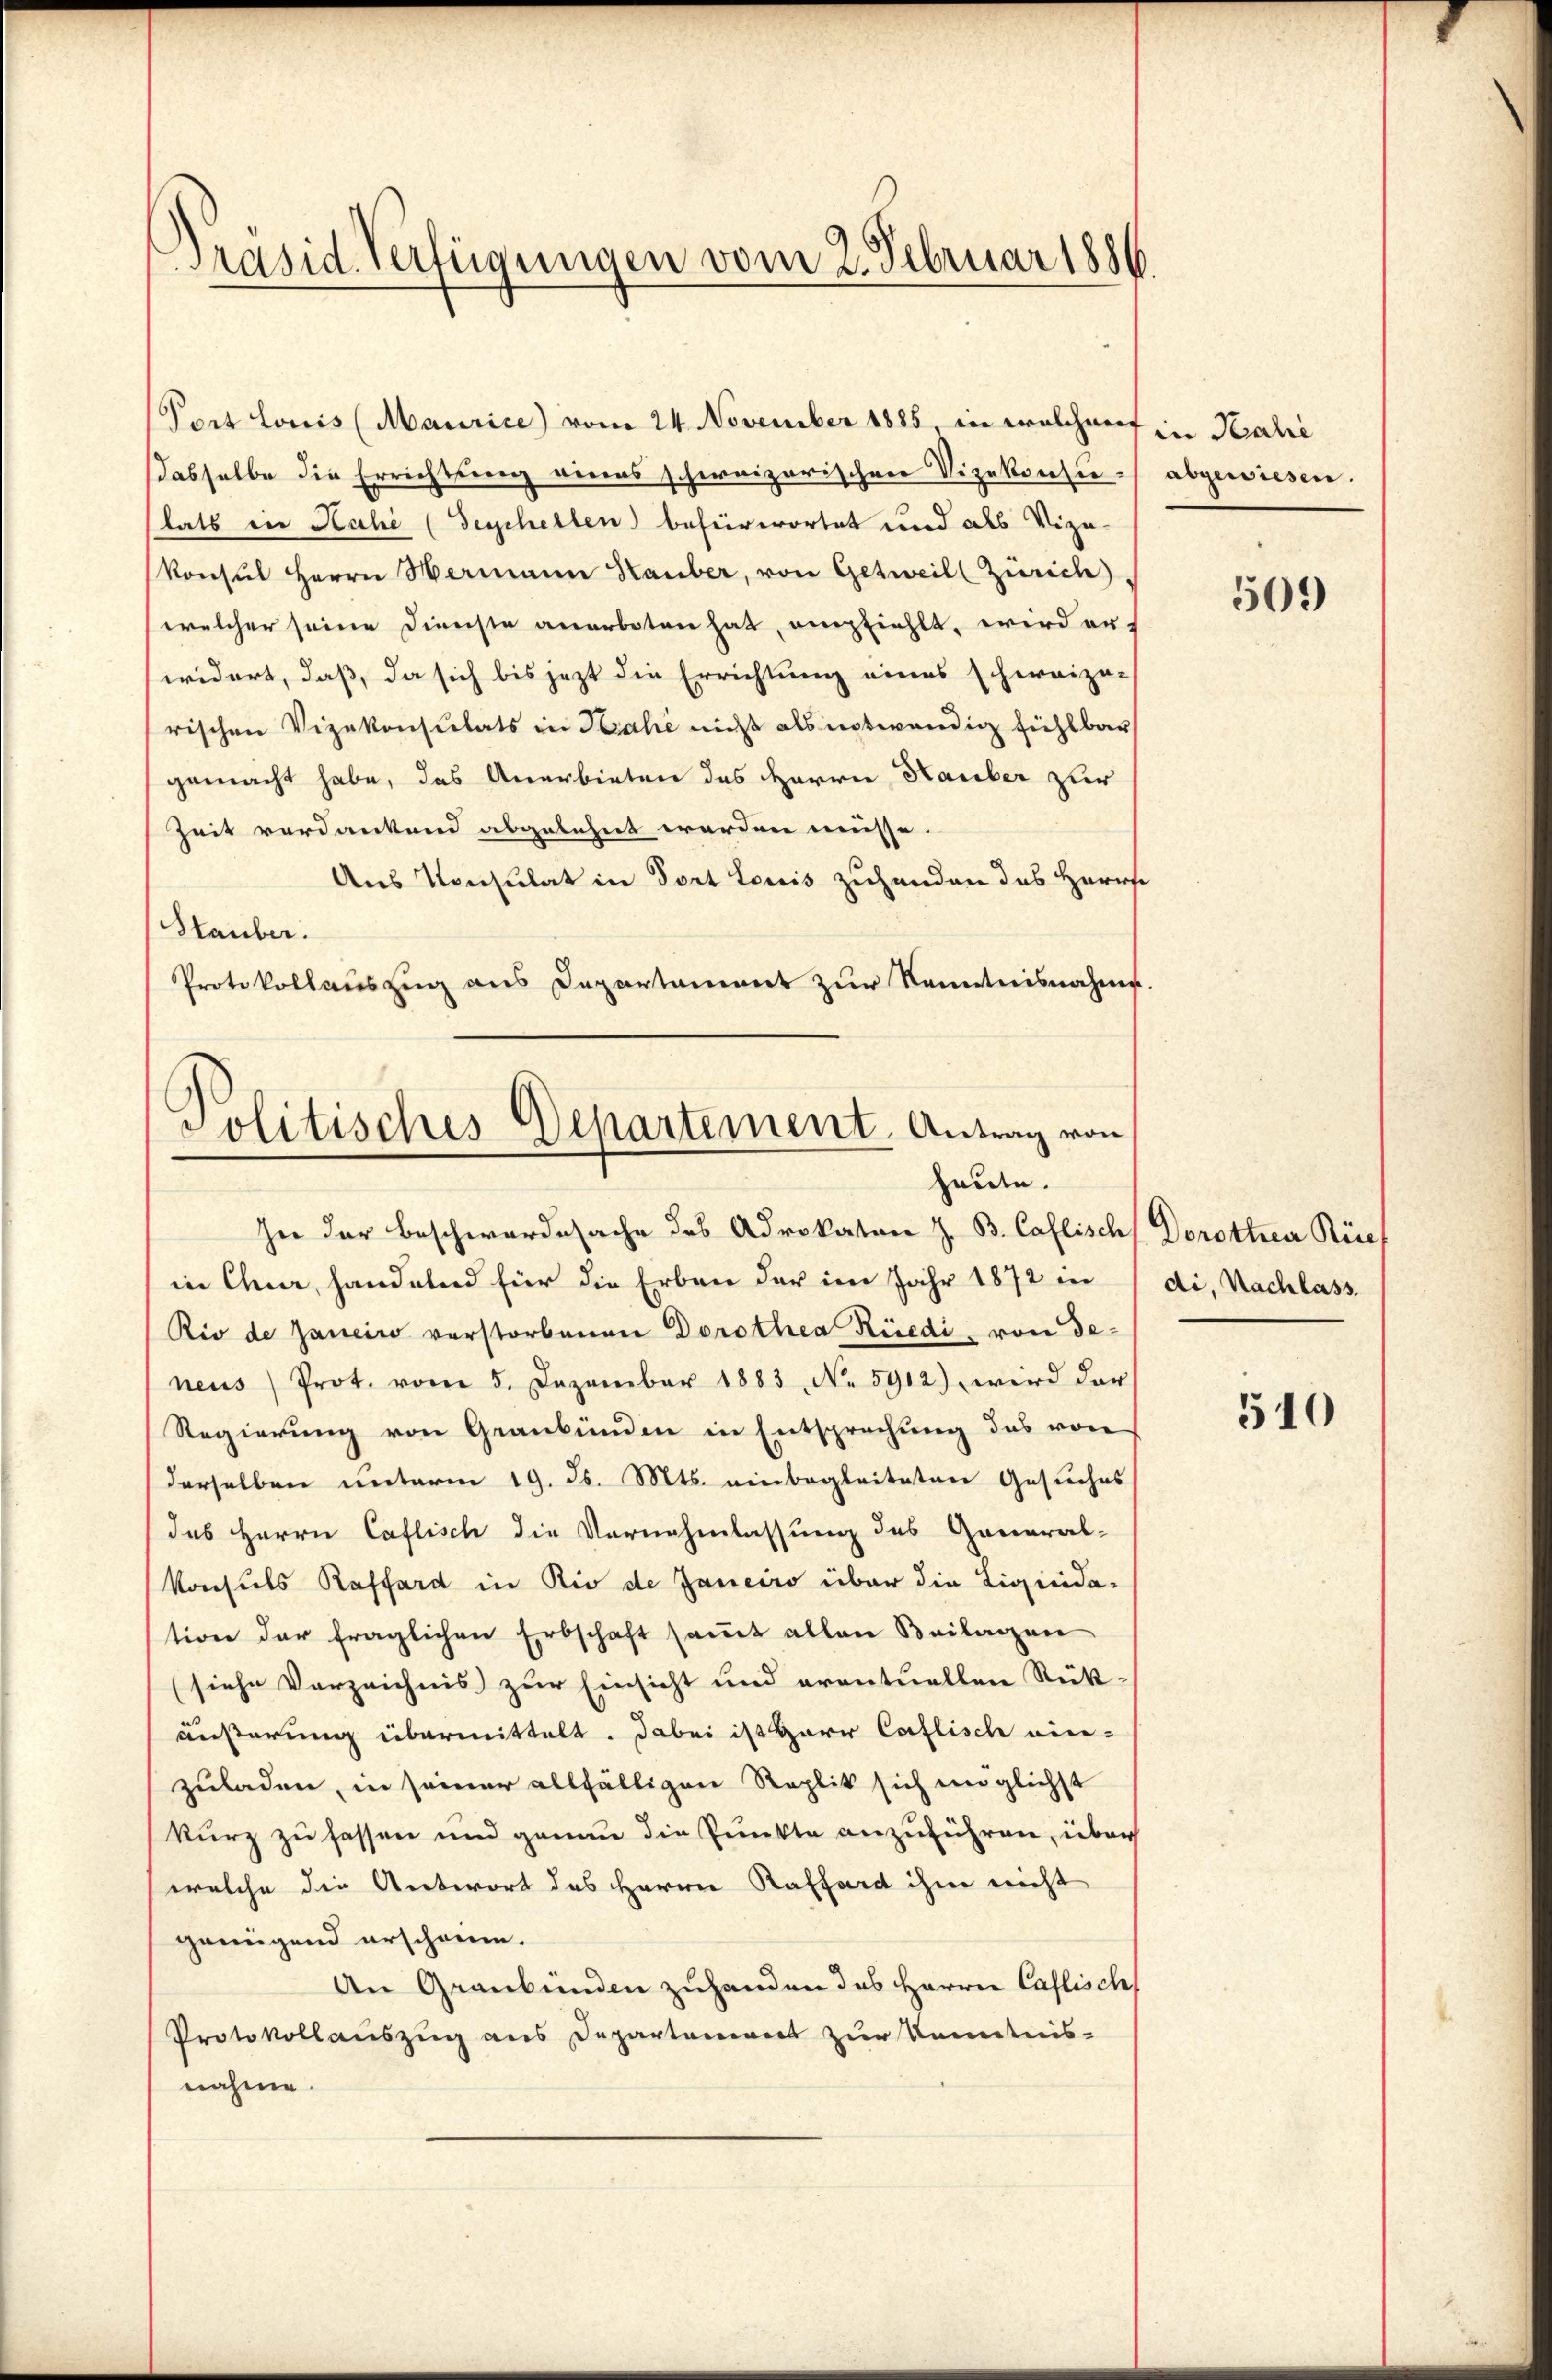
)
Präsid. Verfügungen vom 2. Februar 1886

Port Louis (Maurice) vom 24. November 1885, in welchens in Kalić
dasselbe die Errichtung eines schweizerischen Vizekonsie abgewiesen.
lats in Ruhe (Geschellen befürwortet und als Vize-
Konsul Herrn Hermann Hauber, von Getweil (Zürich)
welcher seine Dienste anerboten hat, empfiehlt, wird erwidert, daß, da sich bis jezt die Errichtung eines schweize-
rischen Vizekonsulats in Kahe nicht als notwendig fühlbar
gemacht habe, das Anerbieten des Herrn Hauber zur
Zeit verdankend abgelehnt werden müsse.
Aus Konsulat in dort Louis zuhanden das Herrse
Stauber.
Protokollauszug aus Departament zur Kenntnisnahme.
Politisches Departement. Antrag von

hne der Beschwordesache des Advokaten z. B. Caflisch Dorothea Rüef
in Chur, handelnd für die Erben der im Jahr 1872 in (di, Nachlass
Rio de Janeiro verstorbenen Dorothea Rüedi, von deneus Prot. vom 5. Dezember 1883, No. 5912) wird der
Regierung von Graubünden in Entsprechung das von
derselben unterm 19. d. Mts. einbegleiteten Gesuches
des Herrn Caflisch die Vernehmlassung des General-
Konsuls Raffard in Rio de Janeiro über die Liquidation der fraglichen Erbschaft sammt allen Beilagen
(siehe Vorzeichnis zur Einsicht und eventuellen Rükäußerung übermittelt. Dabei ist Herr Caflisch ein-
zuladen, in seiner allfälligen Replik sich möglichst
kurz zu fassen und genau die Punkte anzuführen, über
welche die Antwort des Herrn Raffard ihm nicht
genügend erscheine.
An Graubünden zuhanden das Herren Caflisch
Protokollauszug aus Departement zur Kenntnis-
nahme.

heute.

509

510